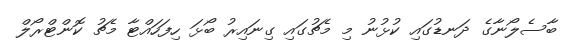
ބާސެލޯނާގެ ދަނޑުގައި ކުޅުނު މި މެޗުގައި ގިނައިރު ބޯޅަ ހިފަހައްޓާ މެޗު ކޮންޓްރޯލް